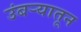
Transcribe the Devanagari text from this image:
उंबऱ्यातून